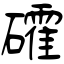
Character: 礭